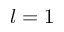
l = 1